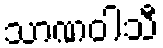
သာဏဝါသီ